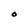
Character: O